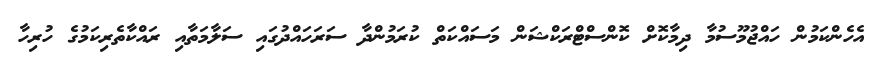
އެހެންކަމުން ހައްޖުމޫސުމާ ދިމާކޮށް ކޮންސްޓްރަކްޝަން މަސައްކަތް ކުރަމުންދާ ސަރަހައްދުގައި ސަލާމަތާއި ރައްކާތެރިކަމުގެ ހުރިހާ